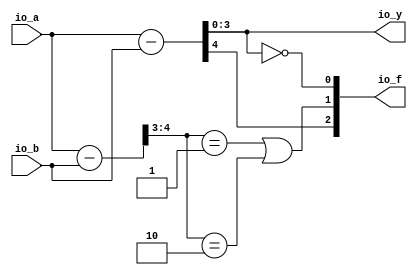
module ALU( // @[:@3.2]
  input  [3:0] io_a, // @[:@6.4]
  input  [3:0] io_b, // @[:@6.4]
  output [3:0] io_y, // @[:@6.4]
  output [2:0] io_f // @[:@6.4]
);
  wire [3:0] _T_24; // @[ALU.scala 27:25:@19.6]
  wire [3:0] _T_25; // @[ALU.scala 27:40:@20.6]
  wire [4:0] _T_28; // @[ALU.scala 30:26:@28.8]
  wire [4:0] arith_result; // @[ALU.scala 30:26:@29.8]
  wire [4:0] sext_result; // @[ALU.scala 31:32:@33.8]
  wire  flag_zero; // @[ALU.scala 47:21:@64.4]
  wire [1:0] _T_44; // @[ALU.scala 50:32:@66.4]
  wire  _T_46; // @[ALU.scala 50:43:@67.4]
  wire  _T_49; // @[ALU.scala 50:81:@69.4]
  wire  flag_overflow; // @[ALU.scala 50:56:@70.4]
  wire  flag_carry; // @[ALU.scala 51:29:@72.4]
  wire [1:0] _T_52; // @[Cat.scala 30:58:@74.4]
  assign _T_24 = $signed(io_a); // @[ALU.scala 27:25:@19.6]
  assign _T_25 = $signed(io_b); // @[ALU.scala 27:40:@20.6]
  assign _T_28 = io_a - io_b; // @[ALU.scala 30:26:@28.8]
  assign arith_result = $unsigned(_T_28); // @[ALU.scala 30:26:@29.8]
  assign sext_result = $signed(_T_24) - $signed(_T_25); // @[ALU.scala 31:32:@33.8]
  assign flag_zero = io_y == 4'h0; // @[ALU.scala 47:21:@64.4]
  assign _T_44 = sext_result[4:3]; // @[ALU.scala 50:32:@66.4]
  assign _T_46 = _T_44 == 2'h1; // @[ALU.scala 50:43:@67.4]
  assign _T_49 = _T_44 == 2'h2; // @[ALU.scala 50:81:@69.4]
  assign flag_overflow = _T_46 | _T_49; // @[ALU.scala 50:56:@70.4]
  assign flag_carry = arith_result[4]; // @[ALU.scala 51:29:@72.4]
  assign _T_52 = {flag_carry,flag_overflow}; // @[Cat.scala 30:58:@74.4]
  assign io_y = arith_result[3:0]; // @[ALU.scala 28:10:@23.6 ALU.scala 32:10:@35.8 ALU.scala 34:10:@41.10 ALU.scala 36:10:@47.12 ALU.scala 38:10:@53.14 ALU.scala 40:10:@59.16 ALU.scala 42:10:@62.16]
  assign io_f = {_T_52,flag_zero}; // @[ALU.scala 53:8:@76.4]
endmodule
module Compare( // @[:@78.2]
  input  [3:0] io_x, // @[:@81.4]
  input  [3:0] io_y, // @[:@81.4]
  output       io_ul, // @[:@81.4]
  output       io_eq // @[:@81.4]
);
  wire [3:0] alu_io_a; // @[Compare.scala 20:19:@83.4]
  wire [3:0] alu_io_b; // @[Compare.scala 20:19:@83.4]
  wire [3:0] alu_io_y; // @[Compare.scala 20:19:@83.4]
  wire [2:0] alu_io_f; // @[Compare.scala 20:19:@83.4]
  wire  _T_21; // @[Compare.scala 25:12:@91.4]
  wire  _T_22; // @[Compare.scala 25:30:@92.4]
  ALU alu ( // @[Compare.scala 20:19:@83.4]
    .io_a(alu_io_a),
    .io_b(alu_io_b),
    .io_y(alu_io_y),
    .io_f(alu_io_f)
  );
  assign _T_21 = ~ io_eq; // @[Compare.scala 25:12:@91.4]
  assign _T_22 = alu_io_f[2]; // @[Compare.scala 25:30:@92.4]
  assign io_ul = _T_21 & _T_22; // @[Compare.scala 26:9:@99.4]
  assign io_eq = alu_io_f[0]; // @[Compare.scala 24:9:@90.4]
  assign alu_io_a = io_x; // @[Compare.scala 21:12:@86.4]
  assign alu_io_b = io_y; // @[Compare.scala 22:12:@87.4]
endmodule
module CompareSwap( // @[:@114.2]
  input  [3:0] io_x, // @[:@117.4]
  input  [3:0] io_y, // @[:@117.4]
  output [3:0] io_new_x, // @[:@117.4]
  output [3:0] io_new_y // @[:@117.4]
);
  wire [3:0] cmp_io_x; // @[Sort.scala 15:19:@119.4]
  wire [3:0] cmp_io_y; // @[Sort.scala 15:19:@119.4]
  wire  cmp_io_ul; // @[Sort.scala 15:19:@119.4]
  wire  cmp_io_eq; // @[Sort.scala 15:19:@119.4]
  Compare cmp ( // @[Sort.scala 15:19:@119.4]
    .io_x(cmp_io_x),
    .io_y(cmp_io_y),
    .io_ul(cmp_io_ul),
    .io_eq(cmp_io_eq)
  );
  assign io_new_x = cmp_io_ul ? io_y : io_x; // @[Sort.scala 18:12:@124.4 Sort.scala 22:14:@127.6]
  assign io_new_y = cmp_io_ul ? io_x : io_y; // @[Sort.scala 19:12:@125.4 Sort.scala 23:14:@128.6]
  assign cmp_io_x = io_x; // @[Sort.scala 16:12:@122.4]
  assign cmp_io_y = io_y; // @[Sort.scala 17:12:@123.4]
endmodule
module Sort( // @[:@259.2]
  input        clock, // @[:@260.4]
  input        reset, // @[:@261.4]
  input  [3:0] io_x0, // @[:@262.4]
  input  [3:0] io_x1, // @[:@262.4]
  input  [3:0] io_x2, // @[:@262.4]
  input  [3:0] io_x3, // @[:@262.4]
  output [3:0] io_s0, // @[:@262.4]
  output [3:0] io_s1, // @[:@262.4]
  output [3:0] io_s2, // @[:@262.4]
  output [3:0] io_s3, // @[:@262.4]
  output       io_done // @[:@262.4]
);
  wire [3:0] cmp1_io_x; // @[Sort.scala 41:20:@264.4]
  wire [3:0] cmp1_io_y; // @[Sort.scala 41:20:@264.4]
  wire [3:0] cmp1_io_new_x; // @[Sort.scala 41:20:@264.4]
  wire [3:0] cmp1_io_new_y; // @[Sort.scala 41:20:@264.4]
  wire [3:0] cmp2_io_x; // @[Sort.scala 42:20:@267.4]
  wire [3:0] cmp2_io_y; // @[Sort.scala 42:20:@267.4]
  wire [3:0] cmp2_io_new_x; // @[Sort.scala 42:20:@267.4]
  wire [3:0] cmp2_io_new_y; // @[Sort.scala 42:20:@267.4]
  reg [3:0] new_x_0; // @[Sort.scala 44:22:@275.4]
  reg [31:0] _RAND_0;
  reg [3:0] new_x_1; // @[Sort.scala 44:22:@275.4]
  reg [31:0] _RAND_1;
  reg [3:0] new_x_2; // @[Sort.scala 44:22:@275.4]
  reg [31:0] _RAND_2;
  reg [3:0] new_x_3; // @[Sort.scala 44:22:@275.4]
  reg [31:0] _RAND_3;
  reg [1:0] state; // @[Sort.scala 45:22:@276.4]
  reg [31:0] _RAND_4;
  wire  _T_63; // @[Conditional.scala 37:30:@287.4]
  wire  _T_74; // @[Conditional.scala 37:30:@305.6]
  wire  _T_85; // @[Conditional.scala 37:30:@323.8]
  wire [3:0] _GEN_0; // @[Conditional.scala 39:67:@324.8]
  wire [3:0] _GEN_1; // @[Conditional.scala 39:67:@324.8]
  wire [3:0] _GEN_2; // @[Conditional.scala 39:67:@324.8]
  wire [3:0] _GEN_3; // @[Conditional.scala 39:67:@324.8]
  wire [3:0] _T_89_0; // @[Sort.scala 83:23:@329.10 Sort.scala 83:23:@330.10]
  wire [3:0] _GEN_4; // @[Conditional.scala 39:67:@324.8]
  wire [3:0] _T_89_1; // @[Sort.scala 83:23:@329.10 Sort.scala 83:23:@331.10]
  wire [3:0] _GEN_5; // @[Conditional.scala 39:67:@324.8]
  wire [3:0] _T_89_2; // @[Sort.scala 83:23:@329.10 Sort.scala 83:23:@332.10]
  wire [3:0] _GEN_6; // @[Conditional.scala 39:67:@324.8]
  wire [3:0] _T_89_3; // @[Sort.scala 83:23:@329.10 Sort.scala 83:23:@333.10]
  wire [3:0] _GEN_7; // @[Conditional.scala 39:67:@324.8]
  wire [1:0] _GEN_8; // @[Conditional.scala 39:67:@324.8]
  wire [3:0] _GEN_9; // @[Conditional.scala 39:67:@306.6]
  wire [3:0] _GEN_10; // @[Conditional.scala 39:67:@306.6]
  wire [3:0] _GEN_11; // @[Conditional.scala 39:67:@306.6]
  wire [3:0] _GEN_12; // @[Conditional.scala 39:67:@306.6]
  wire [3:0] _GEN_13; // @[Conditional.scala 39:67:@306.6]
  wire [3:0] _GEN_14; // @[Conditional.scala 39:67:@306.6]
  wire [3:0] _GEN_15; // @[Conditional.scala 39:67:@306.6]
  wire [3:0] _GEN_16; // @[Conditional.scala 39:67:@306.6]
  wire [1:0] _GEN_17; // @[Conditional.scala 39:67:@306.6]
  wire [3:0] _GEN_22; // @[Conditional.scala 40:58:@288.4]
  wire [3:0] _GEN_23; // @[Conditional.scala 40:58:@288.4]
  wire [3:0] _GEN_24; // @[Conditional.scala 40:58:@288.4]
  wire [3:0] _GEN_25; // @[Conditional.scala 40:58:@288.4]
  wire [1:0] _GEN_26; // @[Conditional.scala 40:58:@288.4]
  CompareSwap cmp1 ( // @[Sort.scala 41:20:@264.4]
    .io_x(cmp1_io_x),
    .io_y(cmp1_io_y),
    .io_new_x(cmp1_io_new_x),
    .io_new_y(cmp1_io_new_y)
  );
  CompareSwap cmp2 ( // @[Sort.scala 42:20:@267.4]
    .io_x(cmp2_io_x),
    .io_y(cmp2_io_y),
    .io_new_x(cmp2_io_new_x),
    .io_new_y(cmp2_io_new_y)
  );
  assign _T_63 = 2'h0 == state; // @[Conditional.scala 37:30:@287.4]
  assign _T_74 = 2'h1 == state; // @[Conditional.scala 37:30:@305.6]
  assign _T_85 = 2'h2 == state; // @[Conditional.scala 37:30:@323.8]
  assign _GEN_0 = _T_85 ? new_x_0 : io_s0; // @[Conditional.scala 39:67:@324.8]
  assign _GEN_1 = _T_85 ? new_x_1 : io_s1; // @[Conditional.scala 39:67:@324.8]
  assign _GEN_2 = _T_85 ? new_x_2 : io_s2; // @[Conditional.scala 39:67:@324.8]
  assign _GEN_3 = _T_85 ? new_x_3 : io_s3; // @[Conditional.scala 39:67:@324.8]
  assign _T_89_0 = cmp1_io_new_x; // @[Sort.scala 83:23:@329.10 Sort.scala 83:23:@330.10]
  assign _GEN_4 = _T_85 ? _T_89_0 : new_x_0; // @[Conditional.scala 39:67:@324.8]
  assign _T_89_1 = cmp1_io_new_y; // @[Sort.scala 83:23:@329.10 Sort.scala 83:23:@331.10]
  assign _GEN_5 = _T_85 ? _T_89_1 : new_x_1; // @[Conditional.scala 39:67:@324.8]
  assign _T_89_2 = cmp2_io_new_x; // @[Sort.scala 83:23:@329.10 Sort.scala 83:23:@332.10]
  assign _GEN_6 = _T_85 ? _T_89_2 : new_x_2; // @[Conditional.scala 39:67:@324.8]
  assign _T_89_3 = cmp2_io_new_y; // @[Sort.scala 83:23:@329.10 Sort.scala 83:23:@333.10]
  assign _GEN_7 = _T_85 ? _T_89_3 : new_x_3; // @[Conditional.scala 39:67:@324.8]
  assign _GEN_8 = _T_85 ? 2'h3 : state; // @[Conditional.scala 39:67:@324.8]
  assign _GEN_9 = _T_74 ? new_x_1 : _GEN_0; // @[Conditional.scala 39:67:@306.6]
  assign _GEN_10 = _T_74 ? new_x_2 : _GEN_1; // @[Conditional.scala 39:67:@306.6]
  assign _GEN_11 = _T_74 ? new_x_0 : _GEN_2; // @[Conditional.scala 39:67:@306.6]
  assign _GEN_12 = _T_74 ? new_x_3 : _GEN_3; // @[Conditional.scala 39:67:@306.6]
  assign _GEN_13 = _T_74 ? _T_89_2 : _GEN_4; // @[Conditional.scala 39:67:@306.6]
  assign _GEN_14 = _T_74 ? _T_89_0 : _GEN_5; // @[Conditional.scala 39:67:@306.6]
  assign _GEN_15 = _T_74 ? _T_89_1 : _GEN_6; // @[Conditional.scala 39:67:@306.6]
  assign _GEN_16 = _T_74 ? _T_89_3 : _GEN_7; // @[Conditional.scala 39:67:@306.6]
  assign _GEN_17 = _T_74 ? 2'h2 : _GEN_8; // @[Conditional.scala 39:67:@306.6]
  assign _GEN_22 = _T_63 ? _T_89_0 : _GEN_13; // @[Conditional.scala 40:58:@288.4]
  assign _GEN_23 = _T_63 ? _T_89_1 : _GEN_14; // @[Conditional.scala 40:58:@288.4]
  assign _GEN_24 = _T_63 ? _T_89_2 : _GEN_15; // @[Conditional.scala 40:58:@288.4]
  assign _GEN_25 = _T_63 ? _T_89_3 : _GEN_16; // @[Conditional.scala 40:58:@288.4]
  assign _GEN_26 = _T_63 ? 2'h1 : _GEN_17; // @[Conditional.scala 40:58:@288.4]
  assign io_s0 = new_x_0; // @[Sort.scala 48:9:@279.4]
  assign io_s1 = new_x_1; // @[Sort.scala 49:9:@280.4]
  assign io_s2 = new_x_2; // @[Sort.scala 50:9:@281.4]
  assign io_s3 = new_x_3; // @[Sort.scala 51:9:@282.4]
  assign io_done = state == 2'h3; // @[Sort.scala 47:11:@278.4]
  assign cmp1_io_x = _T_63 ? new_x_0 : _GEN_9; // @[Sort.scala 53:13:@283.4 Sort.scala 61:17:@289.6 Sort.scala 70:17:@307.8 Sort.scala 79:17:@325.10]
  assign cmp1_io_y = _T_63 ? new_x_1 : _GEN_10; // @[Sort.scala 54:13:@284.4 Sort.scala 62:17:@290.6 Sort.scala 71:17:@308.8 Sort.scala 80:17:@326.10]
  assign cmp2_io_x = _T_63 ? new_x_2 : _GEN_11; // @[Sort.scala 55:13:@285.4 Sort.scala 63:17:@291.6 Sort.scala 72:17:@309.8 Sort.scala 81:17:@327.10]
  assign cmp2_io_y = _T_63 ? new_x_3 : _GEN_12; // @[Sort.scala 56:13:@286.4 Sort.scala 64:17:@292.6 Sort.scala 73:17:@310.8 Sort.scala 82:17:@328.10]
`ifdef RANDOMIZE_GARBAGE_ASSIGN
`define RANDOMIZE
`endif
`ifdef RANDOMIZE_INVALID_ASSIGN
`define RANDOMIZE
`endif
`ifdef RANDOMIZE_REG_INIT
`define RANDOMIZE
`endif
`ifdef RANDOMIZE_MEM_INIT
`define RANDOMIZE
`endif
`ifndef RANDOM
`define RANDOM $random
`endif
`ifdef RANDOMIZE
  integer initvar;
  initial begin
    `ifdef INIT_RANDOM
      `INIT_RANDOM
    `endif
    `ifndef VERILATOR
      #0.002 begin end
    `endif
  `ifdef RANDOMIZE_REG_INIT
  _RAND_0 = {1{`RANDOM}};
  new_x_0 = _RAND_0[3:0];
  `endif // RANDOMIZE_REG_INIT
  `ifdef RANDOMIZE_REG_INIT
  _RAND_1 = {1{`RANDOM}};
  new_x_1 = _RAND_1[3:0];
  `endif // RANDOMIZE_REG_INIT
  `ifdef RANDOMIZE_REG_INIT
  _RAND_2 = {1{`RANDOM}};
  new_x_2 = _RAND_2[3:0];
  `endif // RANDOMIZE_REG_INIT
  `ifdef RANDOMIZE_REG_INIT
  _RAND_3 = {1{`RANDOM}};
  new_x_3 = _RAND_3[3:0];
  `endif // RANDOMIZE_REG_INIT
  `ifdef RANDOMIZE_REG_INIT
  _RAND_4 = {1{`RANDOM}};
  state = _RAND_4[1:0];
  `endif // RANDOMIZE_REG_INIT
  end
`endif // RANDOMIZE
  always @(posedge clock) begin
    if (reset) begin
      new_x_0 <= io_x0;
    end else begin
      if (_T_63) begin
        new_x_0 <= _T_89_0;
      end else begin
        if (_T_74) begin
          new_x_0 <= _T_89_2;
        end else begin
          if (_T_85) begin
            new_x_0 <= _T_89_0;
          end
        end
      end
    end
    if (reset) begin
      new_x_1 <= io_x1;
    end else begin
      if (_T_63) begin
        new_x_1 <= _T_89_1;
      end else begin
        if (_T_74) begin
          new_x_1 <= _T_89_0;
        end else begin
          if (_T_85) begin
            new_x_1 <= _T_89_1;
          end
        end
      end
    end
    if (reset) begin
      new_x_2 <= io_x2;
    end else begin
      if (_T_63) begin
        new_x_2 <= _T_89_2;
      end else begin
        if (_T_74) begin
          new_x_2 <= _T_89_1;
        end else begin
          if (_T_85) begin
            new_x_2 <= _T_89_2;
          end
        end
      end
    end
    if (reset) begin
      new_x_3 <= io_x3;
    end else begin
      if (_T_63) begin
        new_x_3 <= _T_89_3;
      end else begin
        if (_T_74) begin
          new_x_3 <= _T_89_3;
        end else begin
          if (_T_85) begin
            new_x_3 <= _T_89_3;
          end
        end
      end
    end
    if (reset) begin
      state <= 2'h0;
    end else begin
      if (_T_63) begin
        state <= 2'h1;
      end else begin
        if (_T_74) begin
          state <= 2'h2;
        end else begin
          if (_T_85) begin
            state <= 2'h3;
          end
        end
      end
    end
  end
endmodule